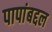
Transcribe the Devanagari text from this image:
पापांबद्दल